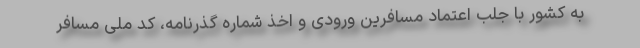
به کشور با جلب اعتماد مسافرین ورودی و اخذ شماره گذرنامه، کد ملی مسافر